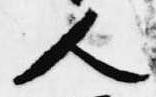
人